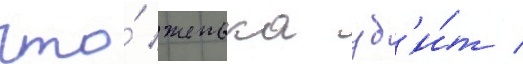
что́ женька уб'и́т /